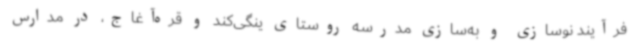
فرآیند نوسازی و به‌سازی مدرسه روستای ینگی‌کند و قره‌آغاج، در مدارس